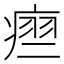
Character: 𬏵